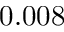
0 . 0 0 8